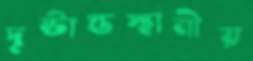
দৃষ্টান্তস্থানীয়